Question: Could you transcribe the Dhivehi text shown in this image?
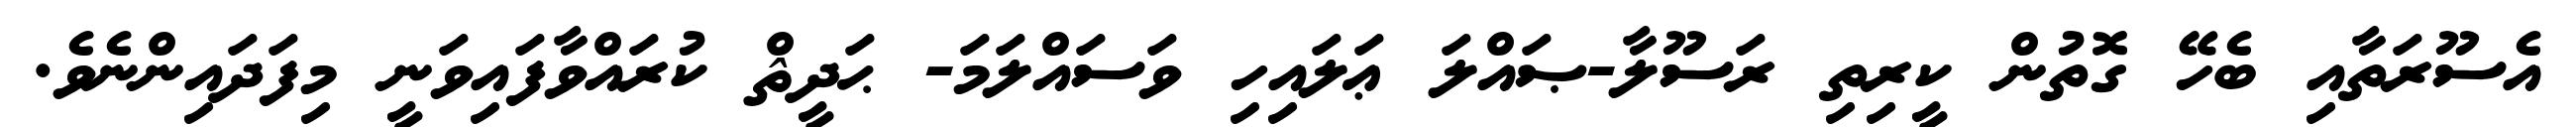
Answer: އެސޫރަތާއި ބެހޭ ގޮތުން ކީރިތި ރަސޫލާ-ޞައްލަ ޢަލައިހި ވަސައްލަމަ- ޙަދީޘް ކުރައްވާފައިވަނީ މިފަދައިންނެވެ.